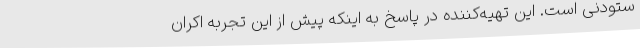
ستودنی است. این تهیه‌کننده در پاسخ به اینکه پیش از این تجربه اکران